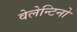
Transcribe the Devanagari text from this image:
वेलेन्टिनो